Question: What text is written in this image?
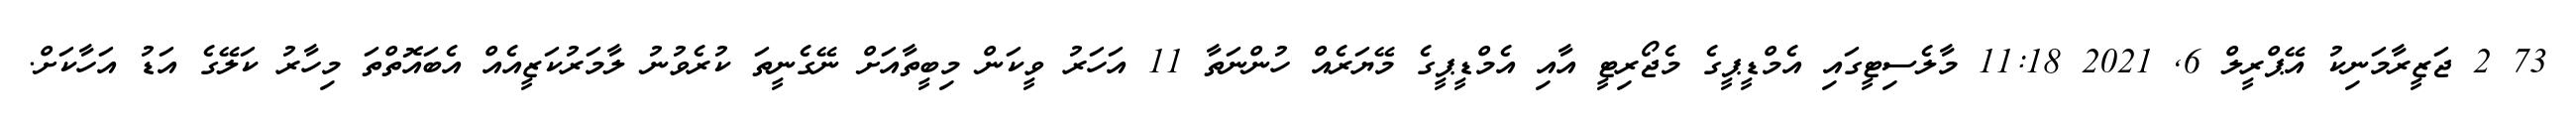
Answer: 73 2 ޖަޒީރާމަނިކު އޭޕްރީލް 6, 2021 11:18 މާލެސިޓީގައި އެމްޑީޕީގެ މެޖޯރިޓީ އާއި އެމްޑީޕީގެ މޭޔަރެއް ހުންނަތާ 11 އަހަރު ވީކަން މިބީތާއަށް ނޭގެނީތަ ކުރެވުނު ލާމަރުކަޒީއެއް އެބައޮތްތަ މިހާރު ކަލޭގެ އަޑު އަހާކަށް.